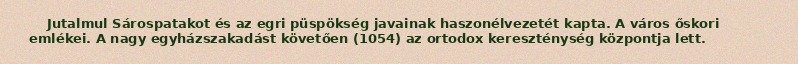
Jutalmul Sárospatakot és az egri püspökség javainak haszonélvezetét kapta. A város őskori emlékei. A nagy egyházszakadást követően (1054) az ortodox kereszténység központja lett.